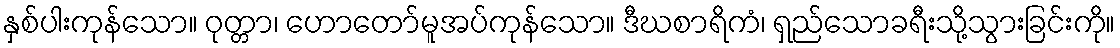
နှစ်ပါးကုန်သော။ ဝုတ္တာ၊ ဟောတော်မူအပ်ကုန်သော။ ဒီဃစာရိကံ၊ ရှည်သောခရီးသို့သွားခြင်းကို။